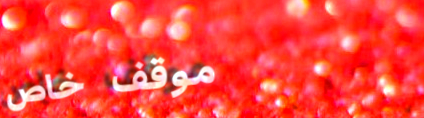
موقف خاص